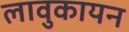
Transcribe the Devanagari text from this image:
लावुकायन